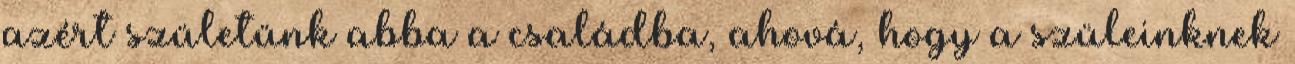
azért születünk abba a családba, ahová, hogy a szüleinknek